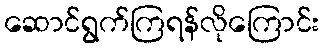
ဆောင်ရွက်ကြရန်လိုကြောင်း